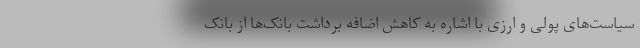
سیاست‌های پولی و ارزی با اشاره به کاهش اضافه برداشت بانک‌ها از بانک